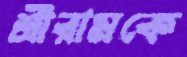
শ্রীরামকে